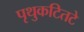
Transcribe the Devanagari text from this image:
पृथुकटितटे